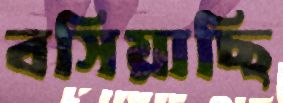
বসিয়াছি